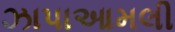
ઝાપાઆમલી